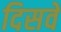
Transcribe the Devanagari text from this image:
दिसवे